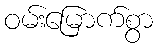
ဝမ်းမြောက်စွာ